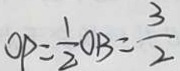
O P = \frac { 1 } { 2 } O B = \frac { 3 } { 2 }